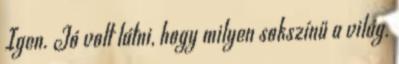
Igen. Jó volt látni, hogy milyen sokszínű a világ.